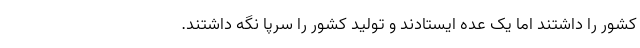
کشور را داشتند اما یک عده ایستادند و تولید کشور را سرپا نگه داشتند.